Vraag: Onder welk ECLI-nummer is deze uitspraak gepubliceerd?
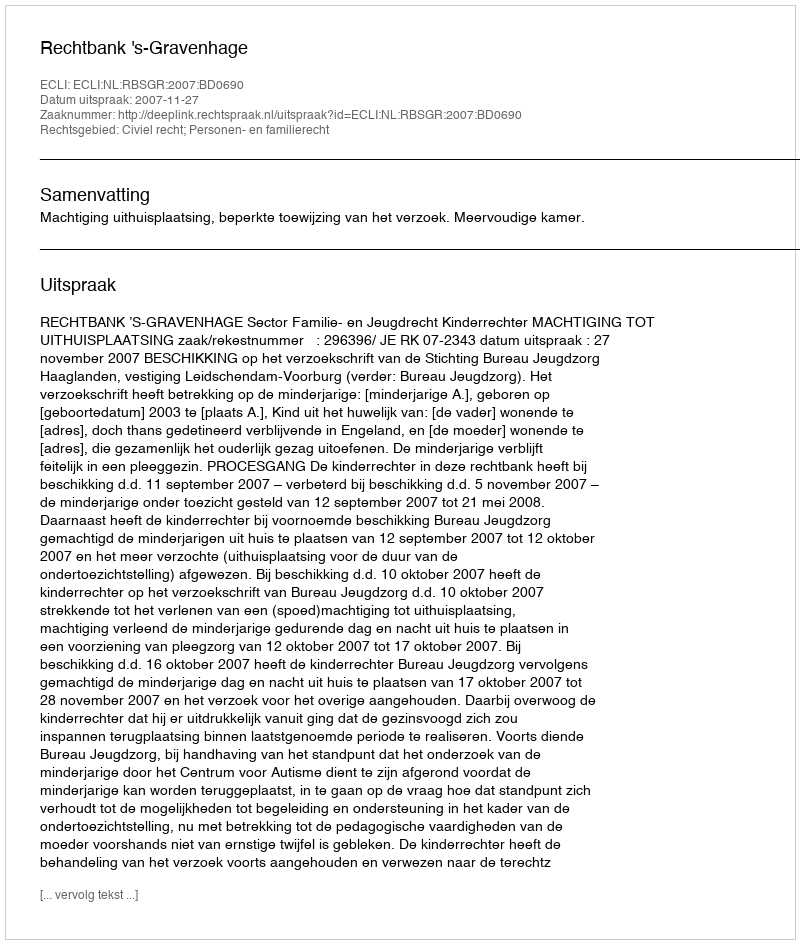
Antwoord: ECLI:NL:RBSGR:2007:BD0690